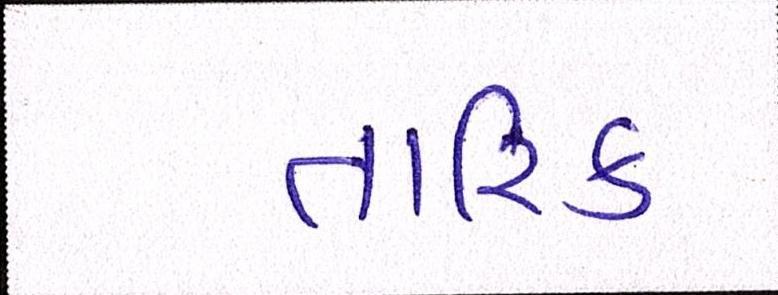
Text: તારિક